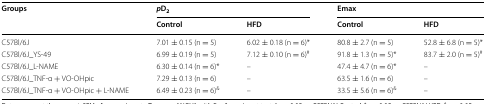
| <ROWSPAN=2> Groups | <COLSPAN=2> pD2 | <COLSPAN=2> Emax |
 | Control | HFD | Control | HFD |
 | --- | --- | --- | --- | --- |
 | C57Bl/6J | 7.01 ± 0.15 (n = 5) | 6.02 ± 0.18 (n = 6)* | 80.8 ± 2.7 (n = 5) | 52.8 ± 6.8 (n = 5)* |
 | C57Bl/6J_YS-49 | 6.99 ± 0.19 (n = 5) | 7.12 ± 0.10 (n = 6)# | 91.8 ± 1.3 (n = 5)* | 83.7 ± 2.0 (n = 5)# |
 | C57Bl/6J_L-NAME | 6.30 ± 0.14 (n = 6)* | – | 47.4 ± 4.7 (n = 6)* | – |
 | C57Bl/6J_TNF-α + VO-OHpic | 7.29 ± 0.13 (n = 6) | – | 63.5 ± 1.6 (n = 6) | – |
 | C57Bl/6J_TNF-α + VO-OHpic + L-NAME | 6.49 ± 0.23 (n = 6)& | – | 33.5 ± 5.6 (n = 6)& | – |